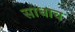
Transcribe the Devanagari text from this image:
साधाच